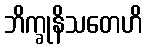
ဘိက္ခုနိသတေဟိ